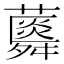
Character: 𧂌